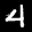
Label: 4